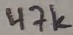
Text: 47K